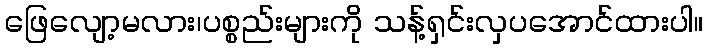
ဖြေလျော့မလား၊ပစ္စည်းများကို သန့်ရှင်းလှပအောင်ထားပါ။